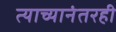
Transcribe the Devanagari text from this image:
त्याच्यानंतरही